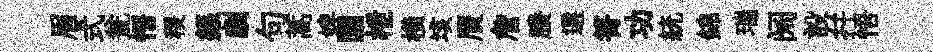
眉式瓮悟稷籙劘句蒿婢圜枻橫垓贋詹賸選箐功統錦瑞阔設幷悟